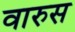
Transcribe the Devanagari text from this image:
वारुस